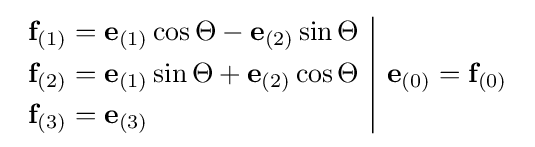
{\begin{array}{c|c}{\begin{aligned}\mathbf {f} _{(1)}&=\mathbf {e} _{(1)}\cos \Theta -\mathbf {e} _{(2)}\sin \Theta \\\mathbf {f} _{(2)}&=\mathbf {e} _{(1)}\sin \Theta +\mathbf {e} _{(2)}\cos \Theta \\\mathbf {f} _{(3)}&=\mathbf {e} _{(3)}\end{aligned}}&\mathbf {e} _{(0)}=\mathbf {f} _{(0)}\end{array}}